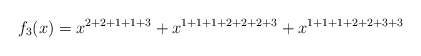
\begin{align*}f_3(x)=x^{2+2+1+1+3}+x^{1+1+1+2+2+2+3}+x^{1+1+1+2+2+3+3}\end{align*}